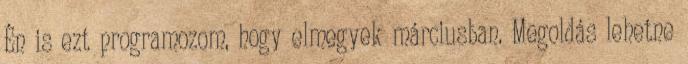
Én is ezt programozom, hogy elmegyek márciusban. Megoldás lehetne